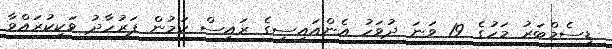
ޑިސެމްބަރު މަހުގެ 19 ވަނަ ދުވަހު އެންއައިސީގެ ރައީސް ކަމުން ފަރުހާދު ވަކިކުރައްވާ